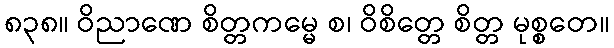
၈၃၈။ ဝိညာဏေ စိတ္တကမ္မေ စ၊ ဝိစိတ္တေ စိတ္တ မုစ္စတေ။